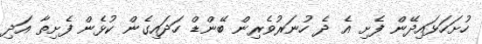
ހުށަހަޅައިދޭން ފެށި އެ ދެ ހުނަރުވެރިން ބޭންޑް ހަދައިގެން ކުޅެން ފެށިތާ އަދި